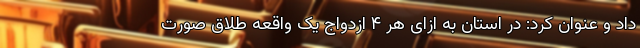
داد و عنوان کرد: در استان به ازای هر ۴ ازدواج یک واقعه طلاق صورت